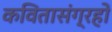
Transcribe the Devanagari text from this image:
कवितासंग्रहों